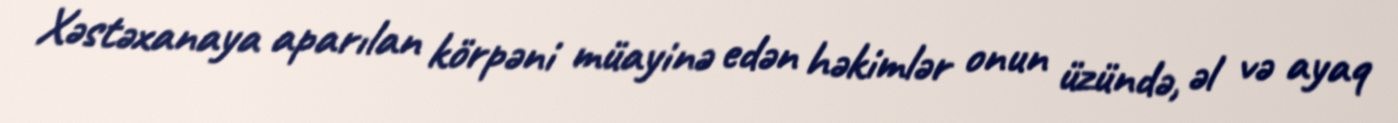
Xəstəxanaya aparılan körpəni müayinə edən həkimlər onun üzündə, əl və ayaq